Report of the Municipal Commissioner on the plague in Bombay for the year ending 31st May... - Volume 1
Disease focus: Plague
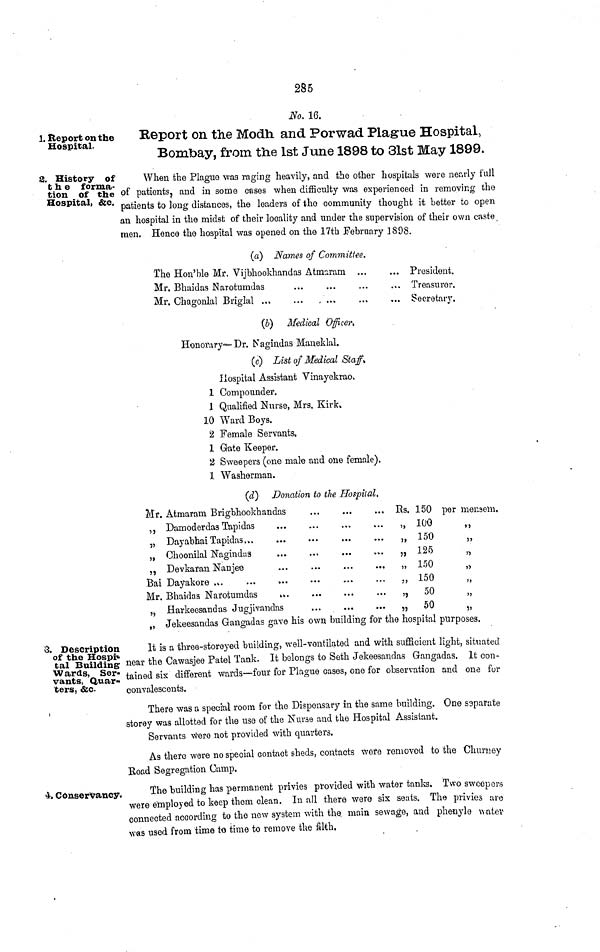
285
1. Report on the
Hospital.
No. 16.
Report on the Modh and Porwad Plague Hospital,
Bombay, from the 1st June 1898 to 31st May 1899.
2. History of
the forma-
tion of the
Hospital, &c.
When the Plague was raging heavily, and the other hospitals were nearly full
of patients., and in some cases when difficulty was experienced in removing the
patients to long distances, the leaders of the community thought it better to open
an hospital in the midst of their locality and under the supervision of their own caste
men. Hence the hospital was opened on the 17th February 1898.
(a) Names of Committee.
The Hon'ble Mr. Vijbhookhandas Atmaram
Mr. Bhaidas Narotumdas
Mr. Chagonlal Briglal
...
... President.
Treasurer.
Secretary.
(b) Medical Officer.
Honorary·-- Dr. Nagindas Maneklal.
(c) List of Medical Staff.
Hospital Assistant Vinayekrao.
1 Compouuder.
1 Qualified Nurse, Mrs. Kirk.
10 Ward Boys.
2 Female Servants,
1 Gate Keeper.
2 Sweepers (one male and one female).
1 Washerman.
(d) Donation to the Hospital.
Mr. Atmaram Brigbhookhandas
,, Damoderdas Tapidas
„ Day abhai Tapidas...
„ Choonilal Nagiudas
„ Devkaran Nanjee
Bai Dayakore ..
Mr. Bhaidas Narotumdas
„ Harkeesandas Jugjivandas
...
...
...
...
...
...
Rs.
„
„
„
„
„
„
·„
150
100
150
125
150
150
50
50
per mensem.
„ Jekeesandas Gangadas gave his own building for the hospital purposes.
3. Description
of the Hospi-
tal Building·
Wards, Ser-
vants, Quar-
ters, &c.
It is a three-storeyed building, well-vontilated and with sufficient light, situated
near the Cawasjee Patel Tank. It belongs to Seth Jekeesandas Gangadas. It con-
tained six different wards—four for Plague cases, one for observation and one for
convalescents.
There was a special room for the Dispensary in the same building. One separate
storey was allotted for the use of the Nurse and the Hospital Assistant.
Servants were not provided with quarters.
As there were no special contact sheds, contacts were removed to the Churney
Eoad Segregation Camp.
4. Conservancy.
The building has permanent privies provided with water tanks. Two sweepers
were employed to keep them clean. In all there were six seats. The privies are
connected according to the new system with the main sewage, and phenyle water
was used from time to time to remove the filth.